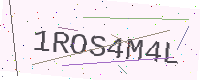
Text: 1ROS4M4L